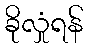
ခိုလှုံရန်